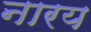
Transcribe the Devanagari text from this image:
नारय